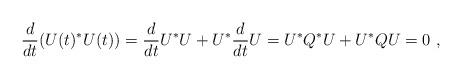
LaTeX: \begin{align*}\frac{d}{dt}(U(t)^*U(t))=\frac{d}{dt}U^*U+U^*\frac{d}{dt}U=U^*Q^*U+U^*QU=0\ ,\end{align*}